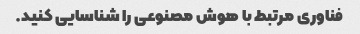
فناوری مرتبط با هوش مصنوعی را شناسایی کنید.